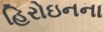
હિરોઇનના